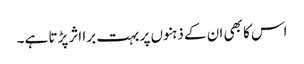
اس کا بھی ان کے ذہنوں پر بہت برا اثر پڑتا ہے۔